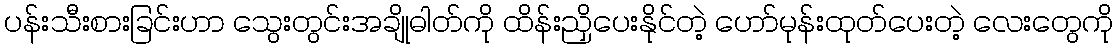
ပန်းသီးစားခြင်းဟာ သွေးတွင်းအချိုဓါတ်ကို ထိန်းညှိပေးနိုင်တဲ့ ဟော်မုန်းထုတ်ပေးတဲ့ လေးတွေကို